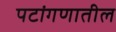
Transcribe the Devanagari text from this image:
पटांगणातील